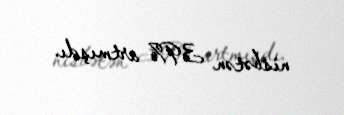
nisbətən 39% artmışdı.